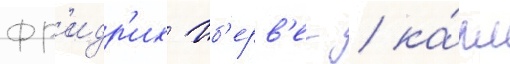
фр'идр'их иб'ерв'ег / ка́рл